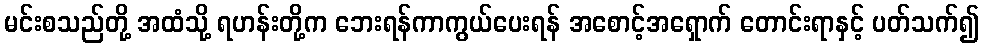
မင်းစသည်တို့ အထံသို့ ရဟန်းတို့က ဘေးရန်ကာကွယ်ပေးရန် အစောင့်အရှောက် တောင်းရာနှင့် ပတ်သက်၍